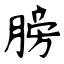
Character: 膀